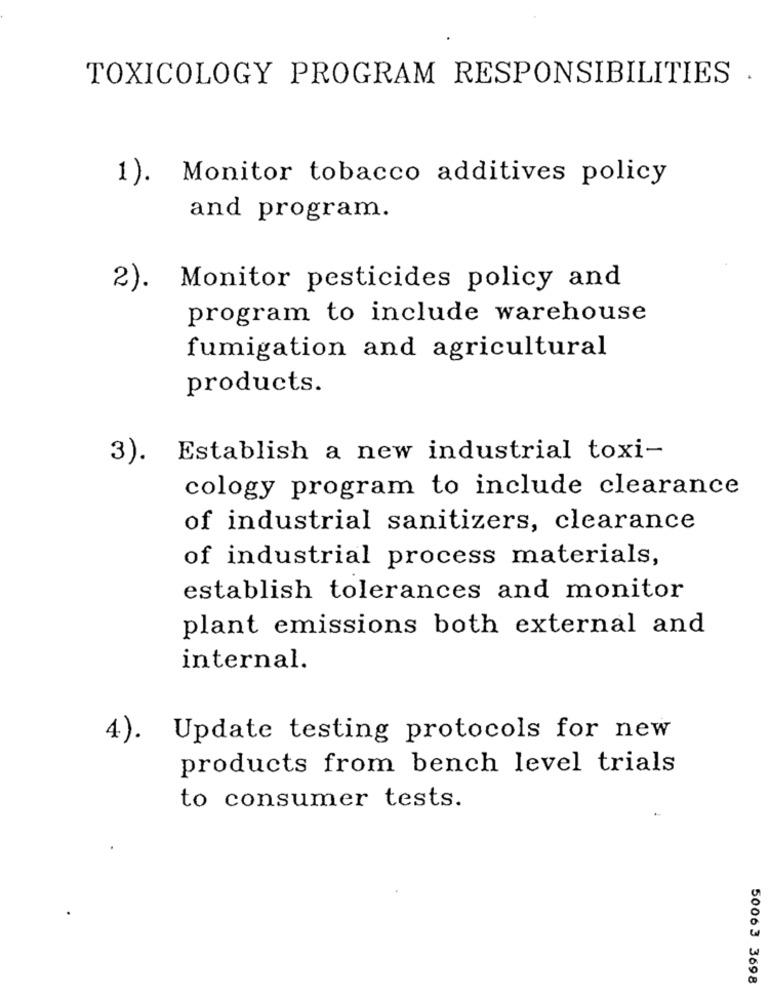
TOXICOLOGY PROGRAM RESPONSIBILITIES
1). Monitor tobacco additives policy
and program.
2).
Monitor pesticides policy and
program to include warehouse
fumigation and agricultural
products.
3). Establish a new industrial toxi-
cology program to include clearance
of industrial sanitizers, clearance
of industrial process materials,
establish tolerances and monitor
plant emissions both external and
internal.
4). Update testing protocols for new
products from bench level trials
to consumer tests.
50063 3698